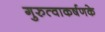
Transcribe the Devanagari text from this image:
गुरुत्वाकर्षणके